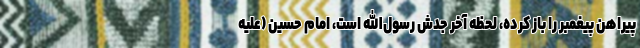
پیراهن پیغمبر را باز کرده، لحظه آخر جدش رسول‌الله است، امام حسین (علیه